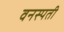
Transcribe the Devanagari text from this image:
वनस्‍पती